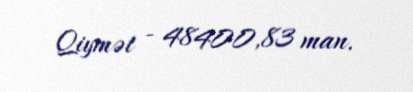
Qiymət - 48400,83 man.